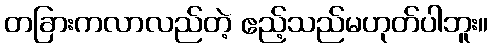
တခြားကလာလည်တဲ့ ဧည့်သည်မဟုတ်ပါဘူး။